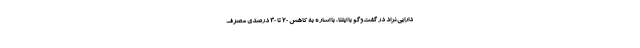
دارایی‌نژاد در گفت‌وگو با ایلنا، با اشاره به کاهش 20 تا 30 درصدی مصرف